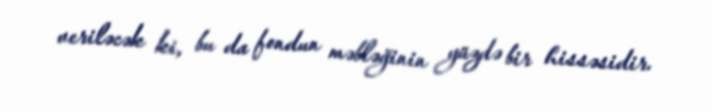
veriləcək ki, bu da fondun məbləğinin yüzdə bir hissəsidir.